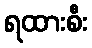
ရထားစီး